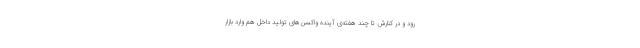
رود و در کنارش تا چند هفته‌ی آینده واکسن‌های تولید داخل هم وارد بازار